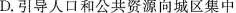
D.引导人口和公共资源向城区集中